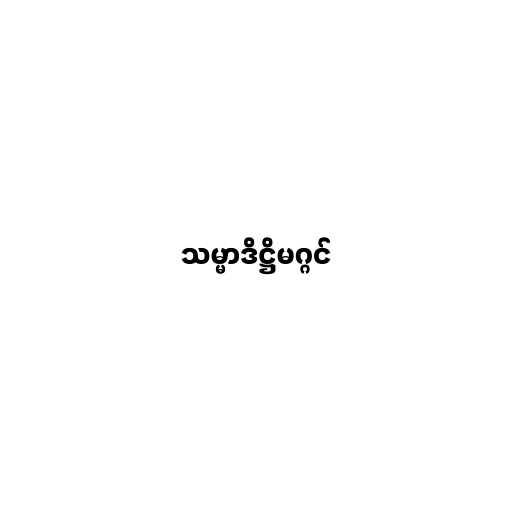
သမ္မာဒိဋ္ဌိမဂ္ဂင်